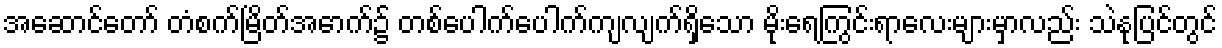
အဆောင်တော် တံစက်မြိတ်အောက်၌ တစ်ပေါက်ပေါက်ကျလျက်ရှိသော မိုးရေကြွင်းရာလေးများမှာလည်း သဲနုပြင်တွင်